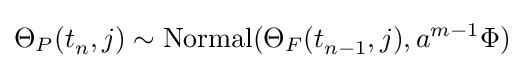
\Theta _{P}(t_{n}^{},j)\sim \mathrm {Normal} (\Theta _{F}(t_{n-1}^{},j),a^{m-1}\Phi )